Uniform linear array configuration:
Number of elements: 12
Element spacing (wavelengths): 0.25
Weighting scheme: blackman
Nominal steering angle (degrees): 60
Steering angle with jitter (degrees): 61.329
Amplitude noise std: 0.05
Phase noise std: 0.05

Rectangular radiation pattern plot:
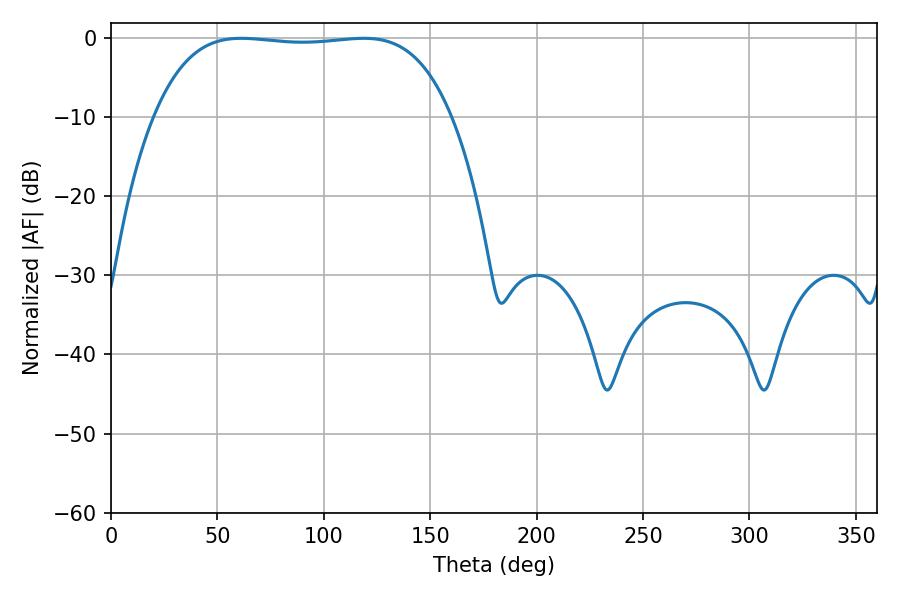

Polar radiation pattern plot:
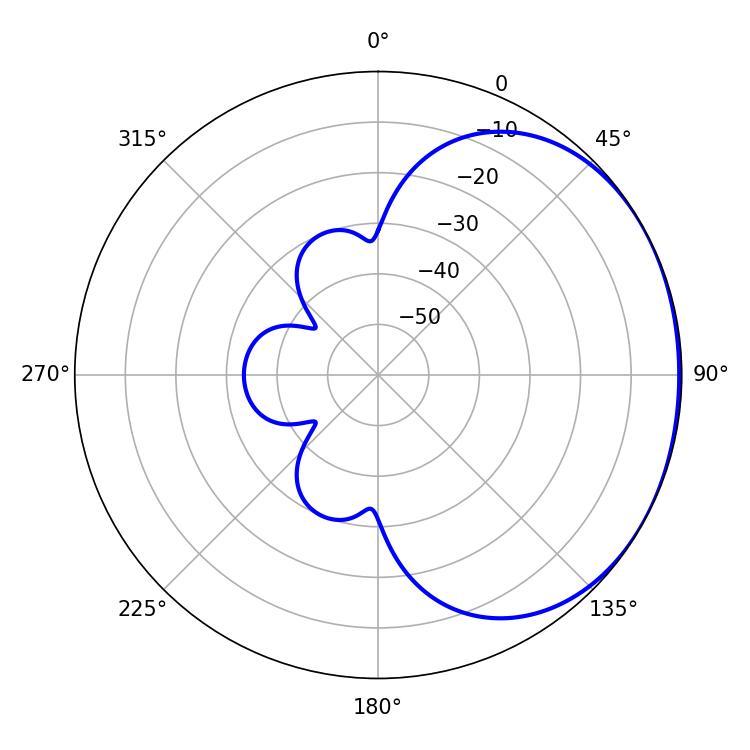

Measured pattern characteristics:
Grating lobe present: FALSE
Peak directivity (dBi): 1.092
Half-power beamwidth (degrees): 109.8
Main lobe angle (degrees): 61.2